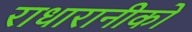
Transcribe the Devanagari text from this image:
राधारानीको